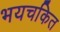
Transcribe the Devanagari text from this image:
भयचकित